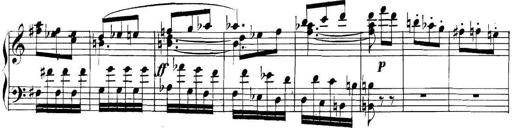
Title: Collected Piano Sonatas
Composer: Muzio Clementi